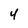
Character: 4